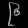
Digit: ၉